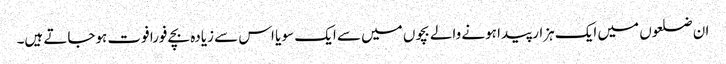
ان ضلعوں میں ایک ہزار پیدا ہونے والے بچوں میں سے ایک سو یا اس سے زیادہ بچے فورا فوت ہوجاتے ہیں۔